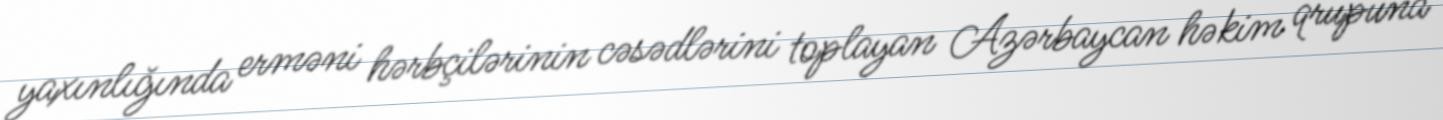
yaxınlığında erməni hərbçilərinin cəsədlərini toplayan Azərbaycan həkim qrupuna